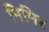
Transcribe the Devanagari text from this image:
मिमिर